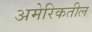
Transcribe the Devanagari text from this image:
अमेरिकतील